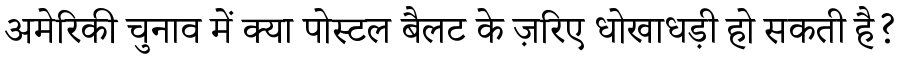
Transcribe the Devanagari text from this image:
अमेरिकी चुनाव में क्या पोस्टल बैलट के ज़रिए धोखाधड़ी हो सकती है?